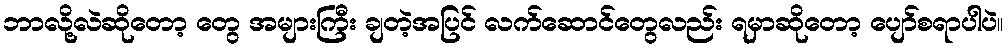
ဘာလို့လဲဆိုတော့ တွေ အများကြီး ချတဲ့အပြင် လက်ဆောင်တွေလည်း ရမှာဆိုတော့ ပျော်စရာပါပဲ။